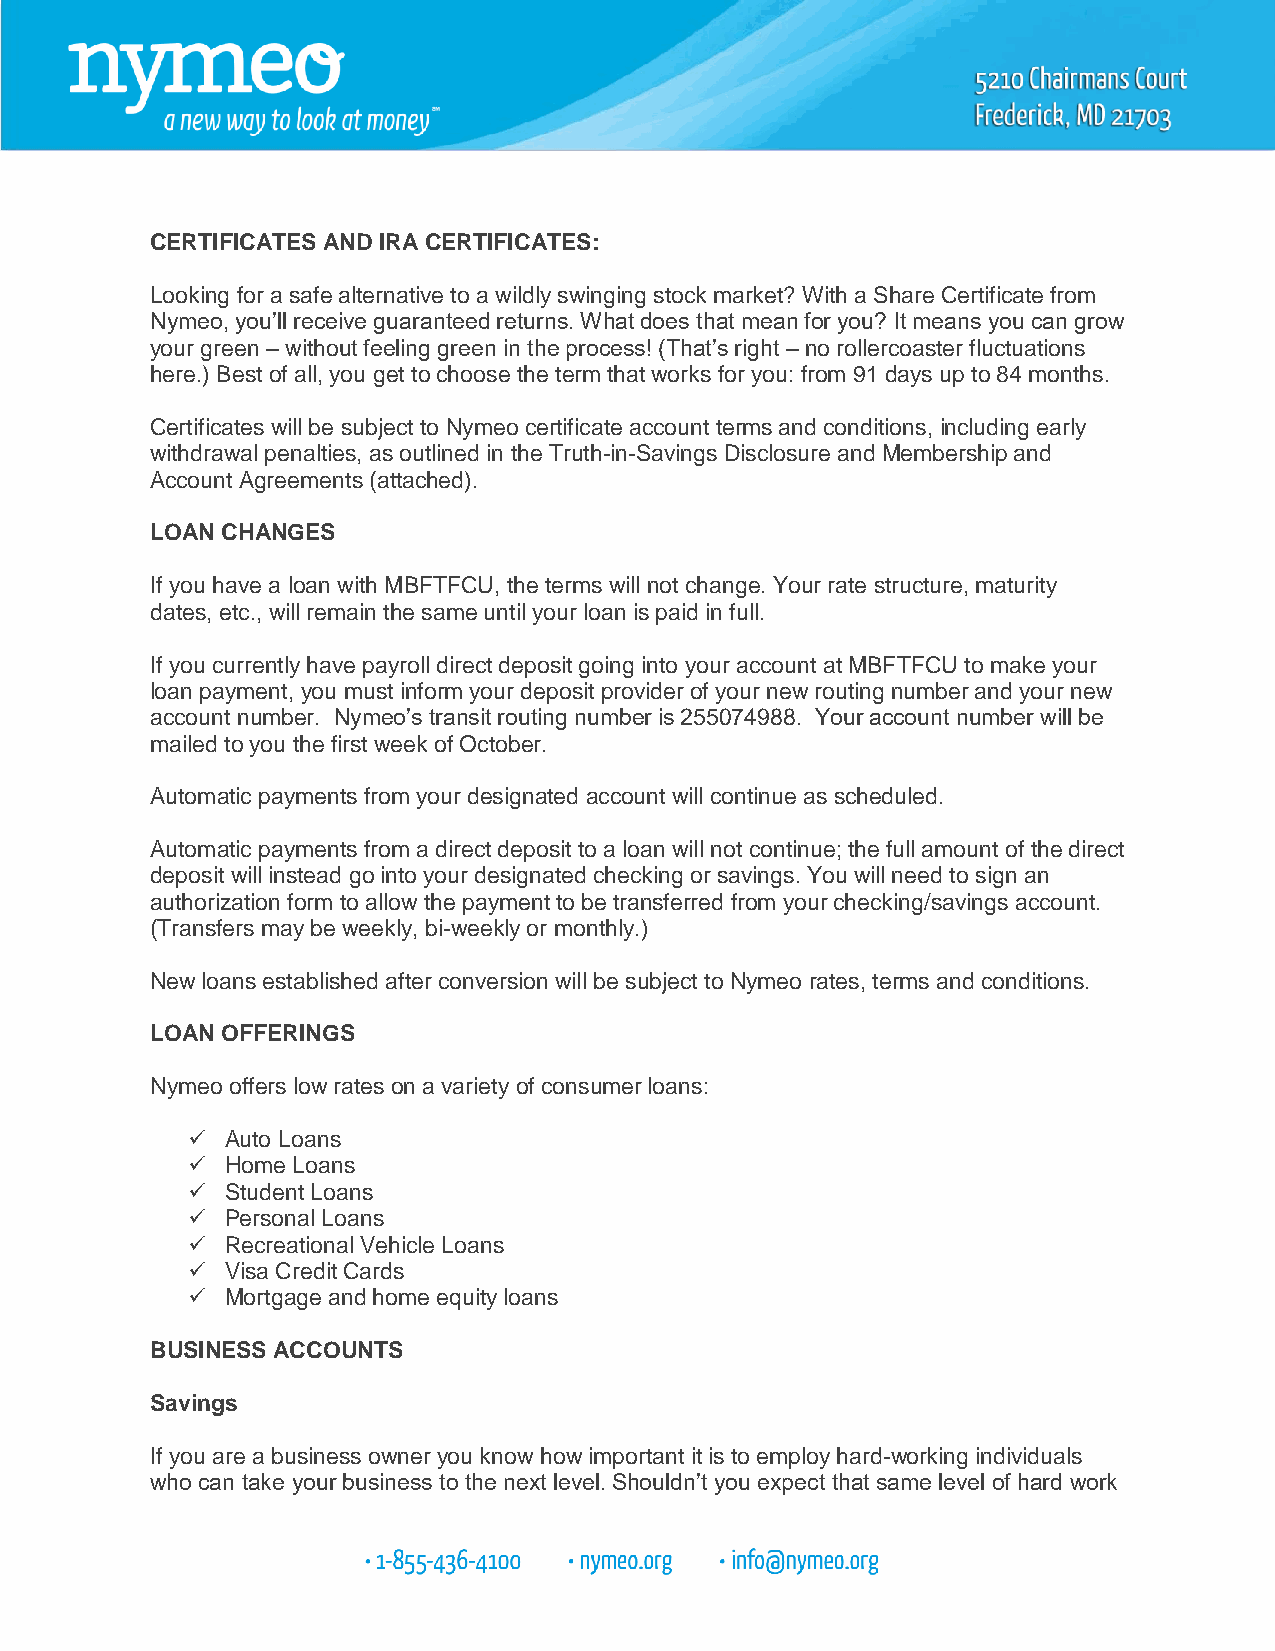
CERTIFICATES AND IRA CERTIFICATES:
 Looking for a safe alternative to a wildly swinging stock market? With a Share Certificate from
 Nymeo, you’ll receive guaranteed returns. What does that mean for you? It means you can grow
 your green – without feeling green in the process! (That’s right – no rollercoaster fluctuations
 here.) Best of all, you get to choose the term that works for you: from 91 days up to 84 months.
 Certificates will be subject to Nymeo certificate account terms and conditions, including early
 withdrawal penalties, as outlined in the Truth-in-Savings Disclosure and Membership and
 Account Agreements (attached).
 LOAN CHANGES
 If you have a loan with MBFTFCU, the terms will not change. Your rate structure, maturity
 dates, etc., will remain the same until your loan is paid in full.
 If you currently have payroll direct deposit going into your account at MBFTFCU to make your
 loan payment, you must inform your deposit provider of your new routing number and your new
 account number. Nymeo’s transit routing number is 255074988. Your account number will be
 mailed to you the first week of October.
 Automatic payments from your designated account will continue as scheduled.
 Automatic payments from a direct deposit to a loan will not continue; the full amount of the direct
 deposit will instead go into your designated checking or savings. You will need to sign an
 authorization form to allow the payment to be transferred from your checking/savings account.
 (Transfers may be weekly, bi-weekly or monthly.)
 New loans established after conversion will be subject to Nymeo rates, terms and conditions.
 LOAN OFFERINGS
 Nymeo offers low rates on a variety of consumer loans:
   Auto Loans
   Home Loans
   Student Loans
   Personal Loans
   Recreational Vehicle Loans
   Visa Credit Cards
   Mortgage and home equity loans
 BUSINESS ACCOUNTS
 Savings
 If you are a business owner you know how important it is to employ hard-working individuals
 who can take your business to the next level. Shouldn’t you expect that same level of hard work